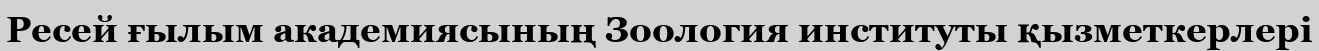
Ресей ғылым академиясының Зоология институты қызметкерлері